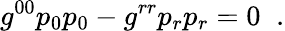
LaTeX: g^{00}p_{0}p_{0}-g^{rr}p_{r}p_{r}=0\; \; .